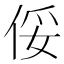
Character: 俀